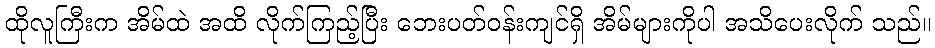
ထိုလူကြီးက အိမ်ထဲ အထိ လိုက်ကြည့်ပြီး ဘေးပတ်ဝန်းကျင်ရှိ အိမ်များကိုပါ အသိပေးလိုက် သည်။